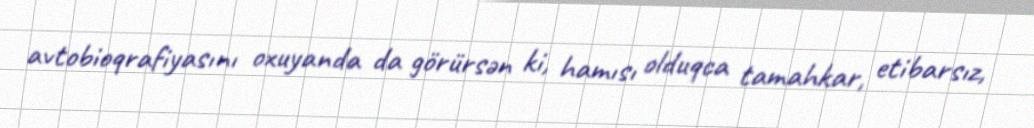
avtobioqrafiyasını oxuyanda da görürsən ki, hamısı olduqca tamahkar, etibarsız,